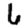
Digit: 6